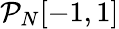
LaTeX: \mathcal{P}_{N}[-1,1]